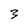
Character: 3